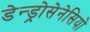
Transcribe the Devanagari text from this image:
डेन्ड्रोसेनेसियो